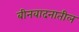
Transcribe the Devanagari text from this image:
बीनवादनातील